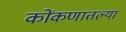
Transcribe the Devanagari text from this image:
कोंकणातल्या